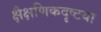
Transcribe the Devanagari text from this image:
क्षैक्षणिकदृष्टया